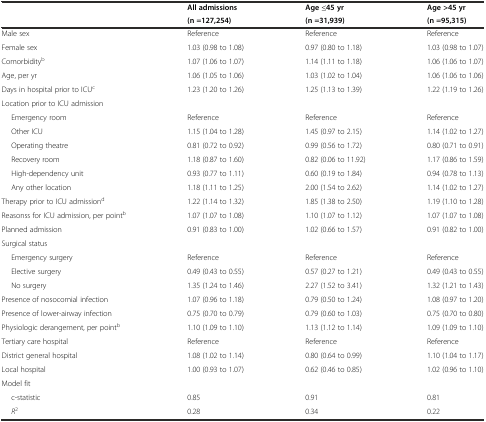
<table><thead><tr><td></td><td><b>All admissions</b></td><td><b>Age ≤45 yr</b></td><td><b>Age &gt;45 yr</b></td></tr><tr><td></td><td><b>(n =127,254)</b></td><td><b>(n =31,939)</b></td><td><b>(n =95,315)</b></td></tr></thead><tbody><tr><td>Male sex</td><td>Reference</td><td>Reference</td><td>Reference</td></tr><tr><td>Female sex</td><td>1.03 (0.98 to 1.08)</td><td>0.97 (0.80 to 1.18)</td><td>1.03 (0.98 to 1.07)</td></tr><tr><td>Comorbidity<sup>b</sup></td><td>1.07 (1.06 to 1.07)</td><td>1.14 (1.11 to 1.18)</td><td>1.06 (1.06 to 1.07)</td></tr><tr><td>Age, per yr</td><td>1.06 (1.05 to 1.06)</td><td>1.03 (1.02 to 1.04)</td><td>1.06 (1.06 to 1.06)</td></tr><tr><td>Days in hospital prior to ICU<sup>c</sup></td><td>1.23 (1.20 to 1.26)</td><td>1.25 (1.13 to 1.39)</td><td>1.22 (1.19 to 1.26)</td></tr><tr><td>Location prior to ICU admission</td><td></td><td></td><td></td></tr><tr><td>Emergency room</td><td>Reference</td><td>Reference</td><td>Reference</td></tr><tr><td>Other ICU</td><td>1.15 (1.04 to 1.28)</td><td>1.45 (0.97 to 2.15)</td><td>1.14 (1.02 to 1.27)</td></tr><tr><td>Operating theatre</td><td>0.81 (0.72 to 0.92)</td><td>0.99 (0.56 to 1.72)</td><td>0.80 (0.71 to 0.91)</td></tr><tr><td>Recovery room</td><td>1.18 (0.87 to 1.60)</td><td>0.82 (0.06 to 11.92)</td><td>1.17 (0.86 to 1.59)</td></tr><tr><td>High-dependency unit</td><td>0.93 (0.77 to 1.11)</td><td>0.60 (0.19 to 1.84)</td><td>0.94 (0.78 to 1.13)</td></tr><tr><td>Any other location</td><td>1.18 (1.11 to 1.25)</td><td>2.00 (1.54 to 2.62)</td><td>1.14 (1.02 to 1.27)</td></tr><tr><td>Therapy prior to ICU admission<sup>d</sup></td><td>1.22 (1.14 to 1.32)</td><td>1.85 (1.38 to 2.50)</td><td>1.19 (1.10 to 1.28)</td></tr><tr><td>Reasonss for ICU admission, per point<sup>b</sup></td><td>1.07 (1.07 to 1.08)</td><td>1.10 (1.07 to 1.12)</td><td>1.07 (1.07 to 1.08)</td></tr><tr><td>Planned admission</td><td>0.91 (0.83 to 1.00)</td><td>1.02 (0.66 to 1.57)</td><td>0.91 (0.82 to 1.00)</td></tr><tr><td>Surgical status</td><td></td><td></td><td></td></tr><tr><td>Emergency surgery</td><td>Reference</td><td>Reference</td><td>Reference</td></tr><tr><td>Elective surgery</td><td>0.49 (0.43 to 0.55)</td><td>0.57 (0.27 to 1.21)</td><td>0.49 (0.43 to 0.55)</td></tr><tr><td>No surgery</td><td>1.35 (1.24 to 1.46)</td><td>2.27 (1.52 to 3.41)</td><td>1.32 (1.21 to 1.43)</td></tr><tr><td>Presence of nosocomial infection</td><td>1.07 (0.96 to 1.18)</td><td>0.79 (0.50 to 1.24)</td><td>1.08 (0.97 to 1.20)</td></tr><tr><td>Presence of lower-airway infection</td><td>0.75 (0.70 to 0.79)</td><td>0.79 (0.60 to 1.03)</td><td>0.75 (0.70 to 0.80)</td></tr><tr><td>Physiologic derangement, per point<sup>b</sup></td><td>1.10 (1.09 to 1.10)</td><td>1.13 (1.12 to 1.14)</td><td>1.09 (1.09 to 1.10)</td></tr><tr><td>Tertiary care hospital</td><td>Reference</td><td>Reference</td><td>Reference</td></tr><tr><td>District general hospital</td><td>1.08 (1.02 to 1.14)</td><td>0.80 (0.64 to 0.99)</td><td>1.10 (1.04 to 1.17)</td></tr><tr><td>Local hospital</td><td>1.00 (0.93 to 1.07)</td><td>0.62 (0.46 to 0.85)</td><td>1.02 (0.96 to 1.10)</td></tr><tr><td>Model fit</td><td></td><td></td><td></td></tr><tr><td>c-statistic</td><td>0.85</td><td>0.91</td><td>0.81</td></tr><tr><td><i>R</i><sup>2</sup></td><td>0.28</td><td>0.34</td><td>0.22</td></tr></tbody></table>